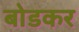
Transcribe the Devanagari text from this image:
बोडकर